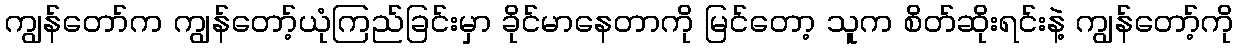
ကျွန်တော်က ကျွန်တော့်ယုံကြည်ခြင်းမှာ ခိုင်မာနေတာကို မြင်တော့ သူက စိတ်ဆိုးရင်းနဲ့ ကျွန်တော့်ကို